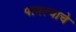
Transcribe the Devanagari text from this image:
पावल्याचे